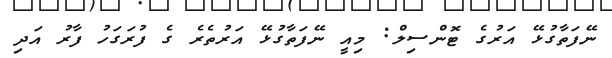
ނޭފަތާގުޅޭ އަރުގެ ޓޮންސިލް: މިއީ ނޭފަތާގުޅޭ އަރުތެރެ ގެ ފުރަގަހު ފާރު އަދި